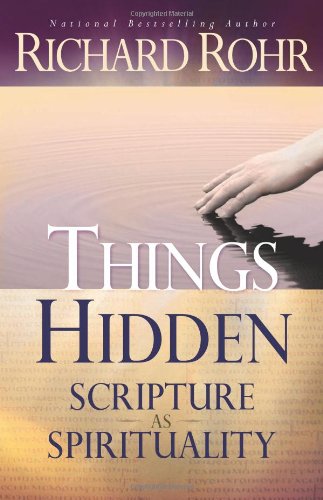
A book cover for Things Hidden: Scripture as Spirituality; Richard Rohr O.F.M.; Christian Books & Bibles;